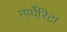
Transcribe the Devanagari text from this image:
मार्घेरिटा